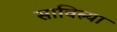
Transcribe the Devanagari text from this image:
सावित्र्या